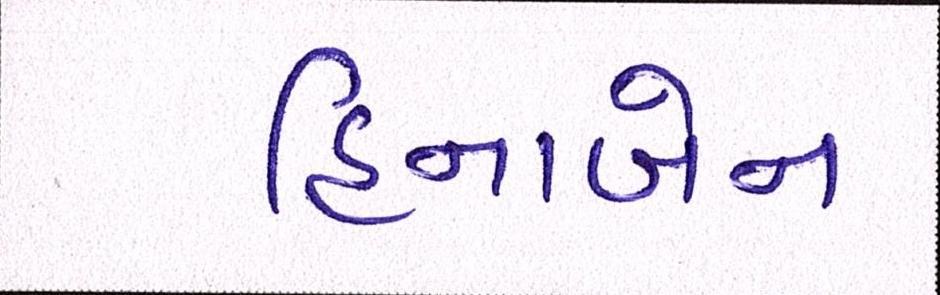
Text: હિનાબેન